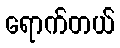
ရောက်တယ်